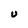
Character: U